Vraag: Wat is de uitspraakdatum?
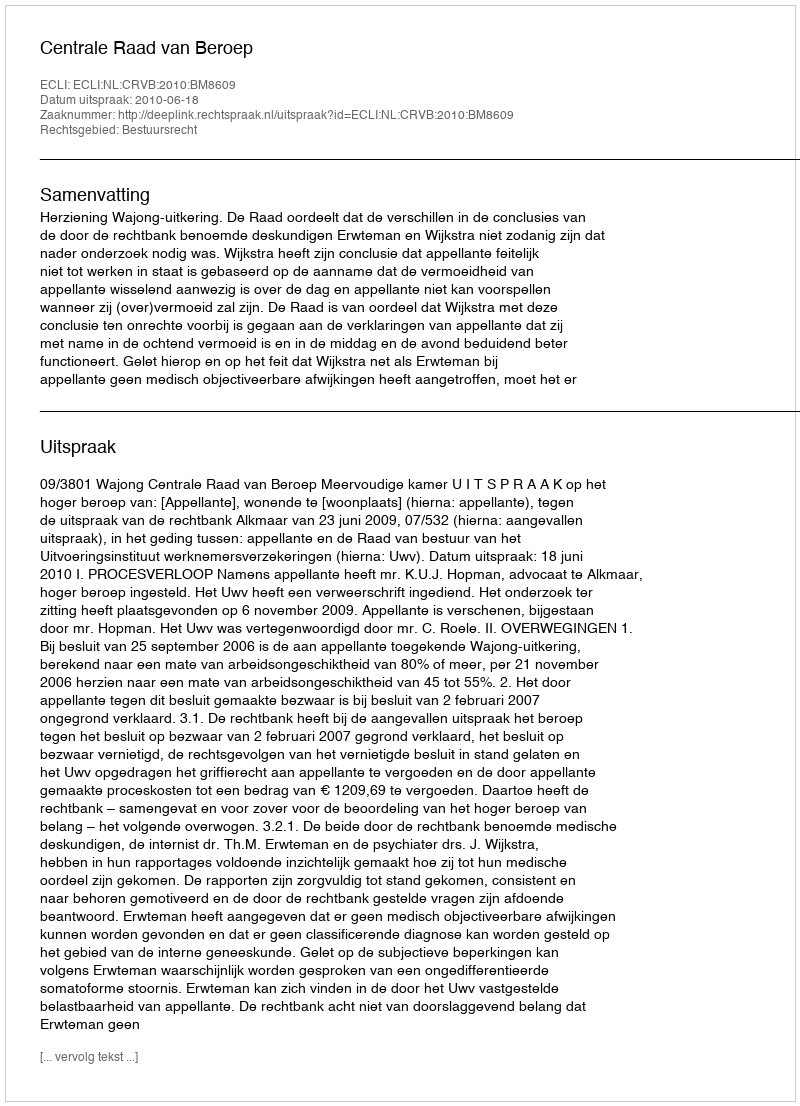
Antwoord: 2010-06-18